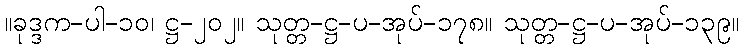
။ခုဒ္ဒက-ပါ-၁၀၊ ဋ္ဌ-၂၀၂။ သုတ္တ-ဋ္ဌ-ပ-အုပ်-၁၇၈။ သုတ္တ-ဋ္ဌ-ပ-အုပ်-၁၃၉။